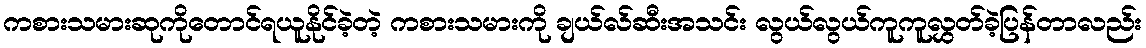
ကစားသမားဆုကိုတောင်ရယူနိုင်ခဲ့တဲ့ ကစားသမားကို ချယ်လ်ဆီးအသင်း လွယ်လွယ်ကူကူလွှတ်ခဲ့ပြန်တာလည်း